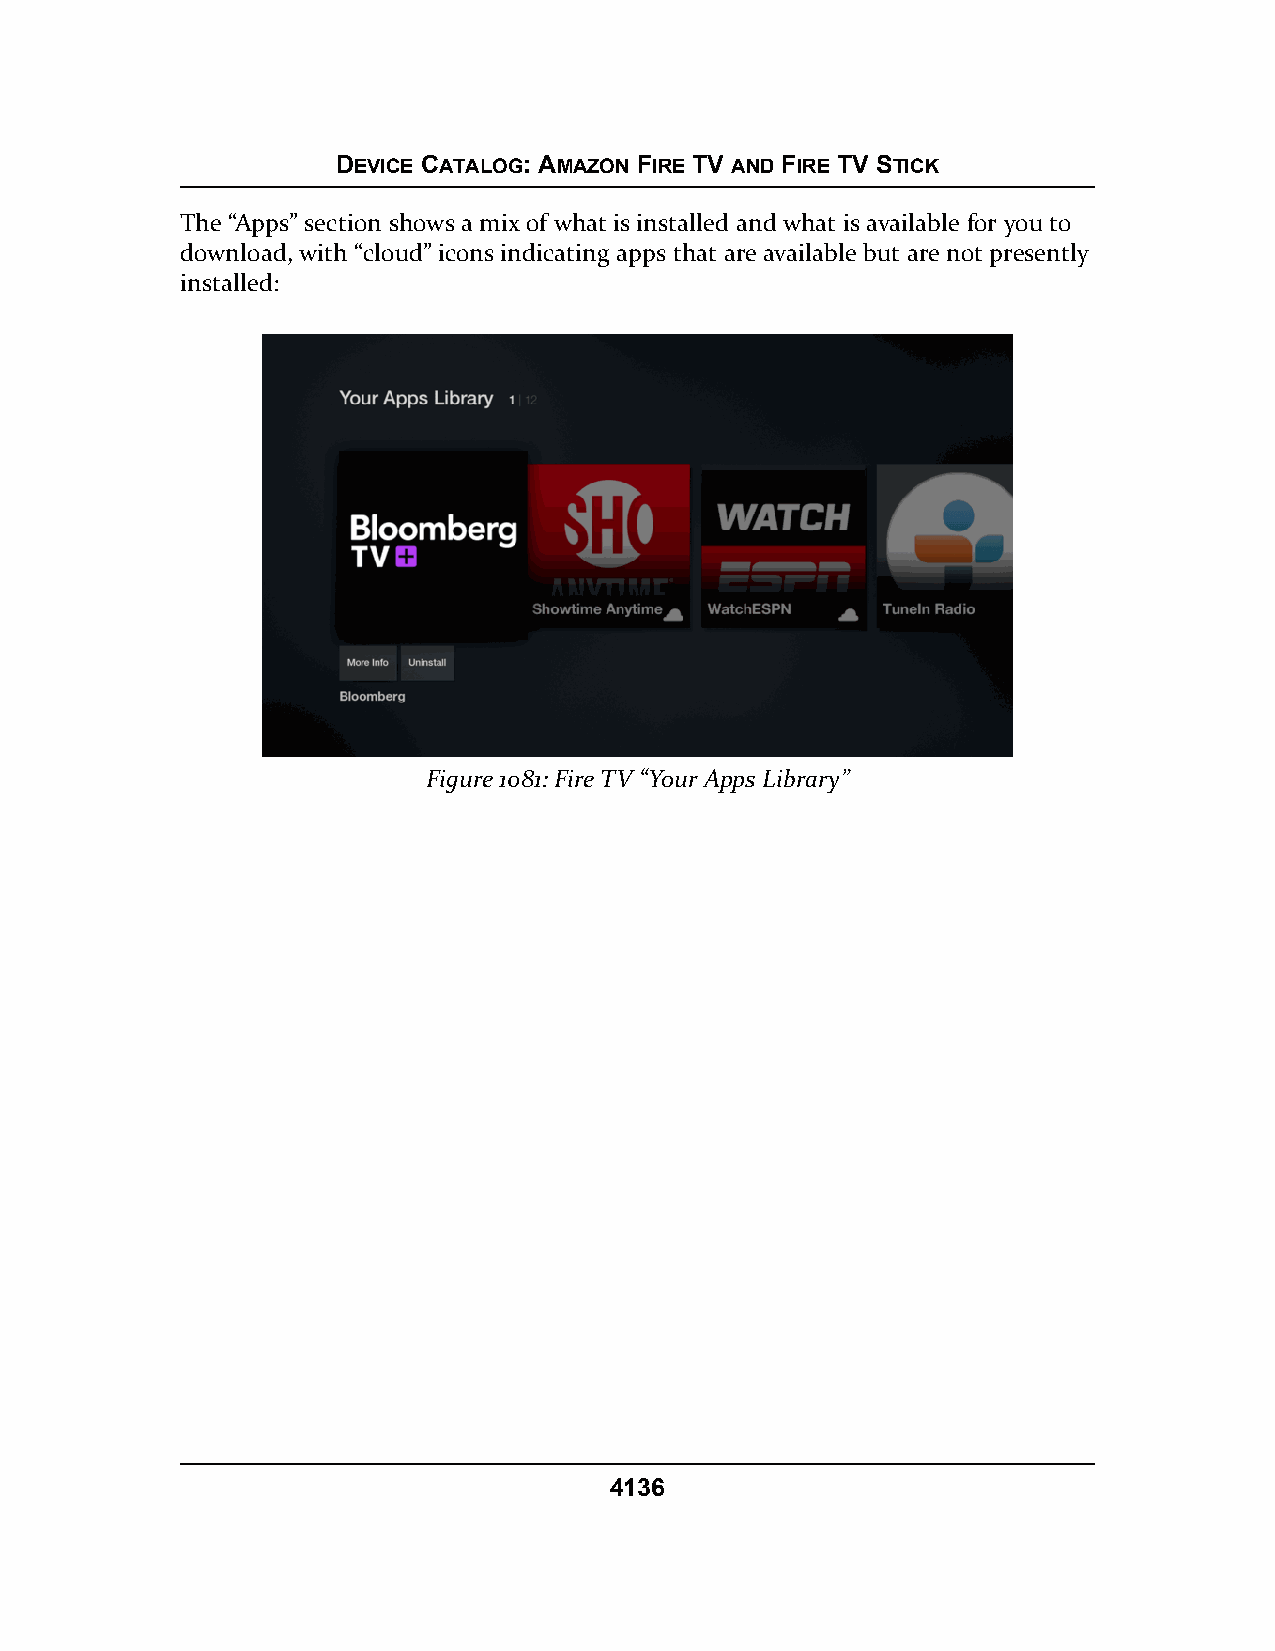
DEVICE CATALOG: AMAZON FIRE TV AND FIRE TV STICK
 The “Apps” section shows a mix of what is installed and what is available for you to
 download, with “cloud” icons indicating apps that are available but are not presently
 installed:
 Figure 1081: Fire TV “Your Apps Library”
 4136